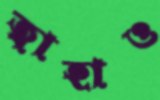
ত্বাহাও